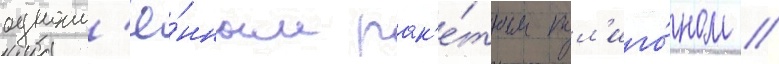
одноим'ё́нным рак'е́тным пол'иго́ном //